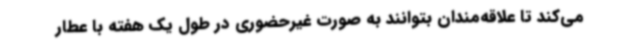
می‌کند تا علاقه‌مندان بتوانند به صورت غیرحضوری در طول یک هفته با عطار